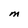
Character: M